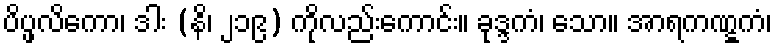
ပိပ္ဖလိကော၊ ဒါး (နိ၊ ၂၁၉) ကိုလည်းကောင်း။ ခုဒ္ဒကံ၊ သော။ အာရကဏ္ဋကံ၊